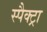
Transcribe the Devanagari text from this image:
स्पैक्ट्रा